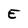
Character: E